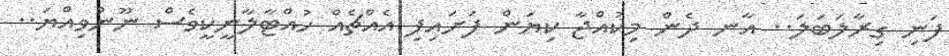
ފަނި ގިރާލަބަލަ.. އާނ ދެން މިކުއްޖާ ކިޔަން ފަށައިފި އެއްޗެއް ހުއްޓާލާނީކީވެސް ނޫންވިއްޔަ..